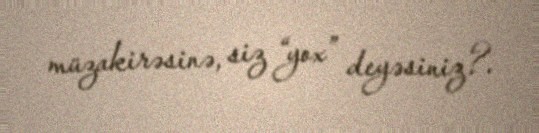
müzakirəsinə, siz “yox” deyəsiniz?.